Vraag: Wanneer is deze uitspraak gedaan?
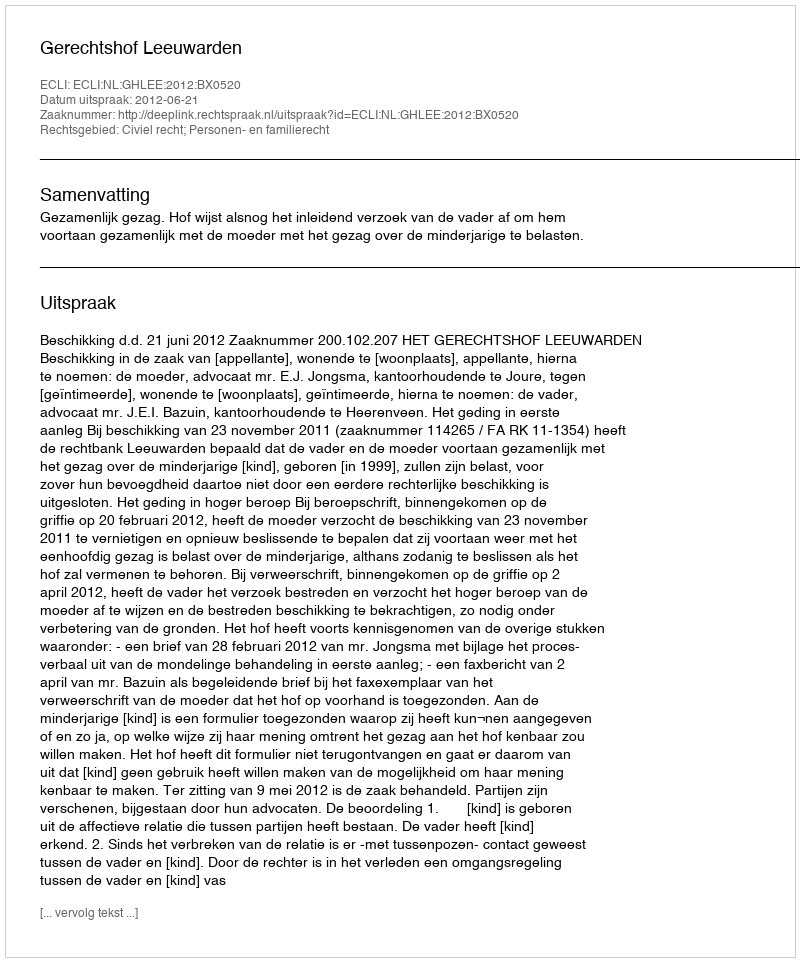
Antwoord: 2012-06-21